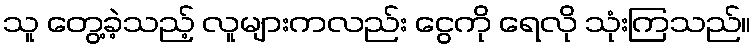
သူ တွေ့ခဲ့သည့် လူများကလည်း ငွေကို ရေလို သုံးကြသည်။